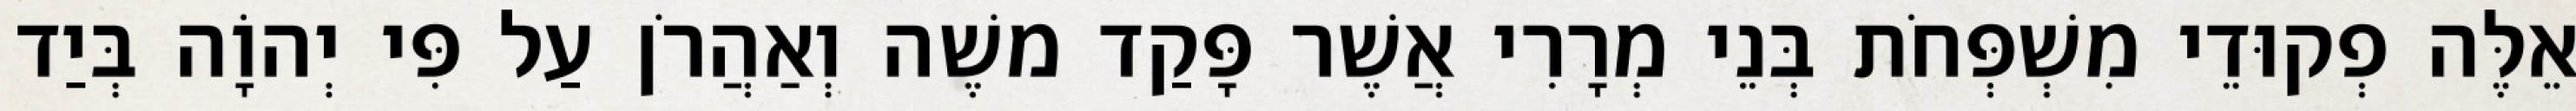
אֵלֶּה פְקוּדֵי מִשְׁפְּחֹת בְּנֵי מְרָרִי אֲשֶׁר פָּקַד משֶׁה וְאַהֲרֹן עַל פִּי יְהוָֹה בְּיַד